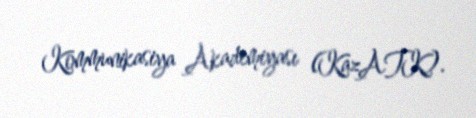
Kommunikasiya Akademiyası (KazATK).